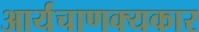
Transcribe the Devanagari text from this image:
आर्यचाणक्यकार